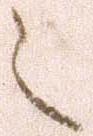
之